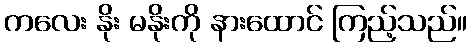
ကလေး နိုး မနိုးကို နားထောင် ကြည့်သည်။